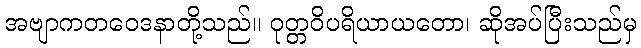
အဗျာကတဝေဒနာတို့သည်။ ဝုတ္တဝိပရိယာယတော၊ ဆိုအပ်ပြီးသည်မှ